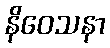
နိဝေသနာ